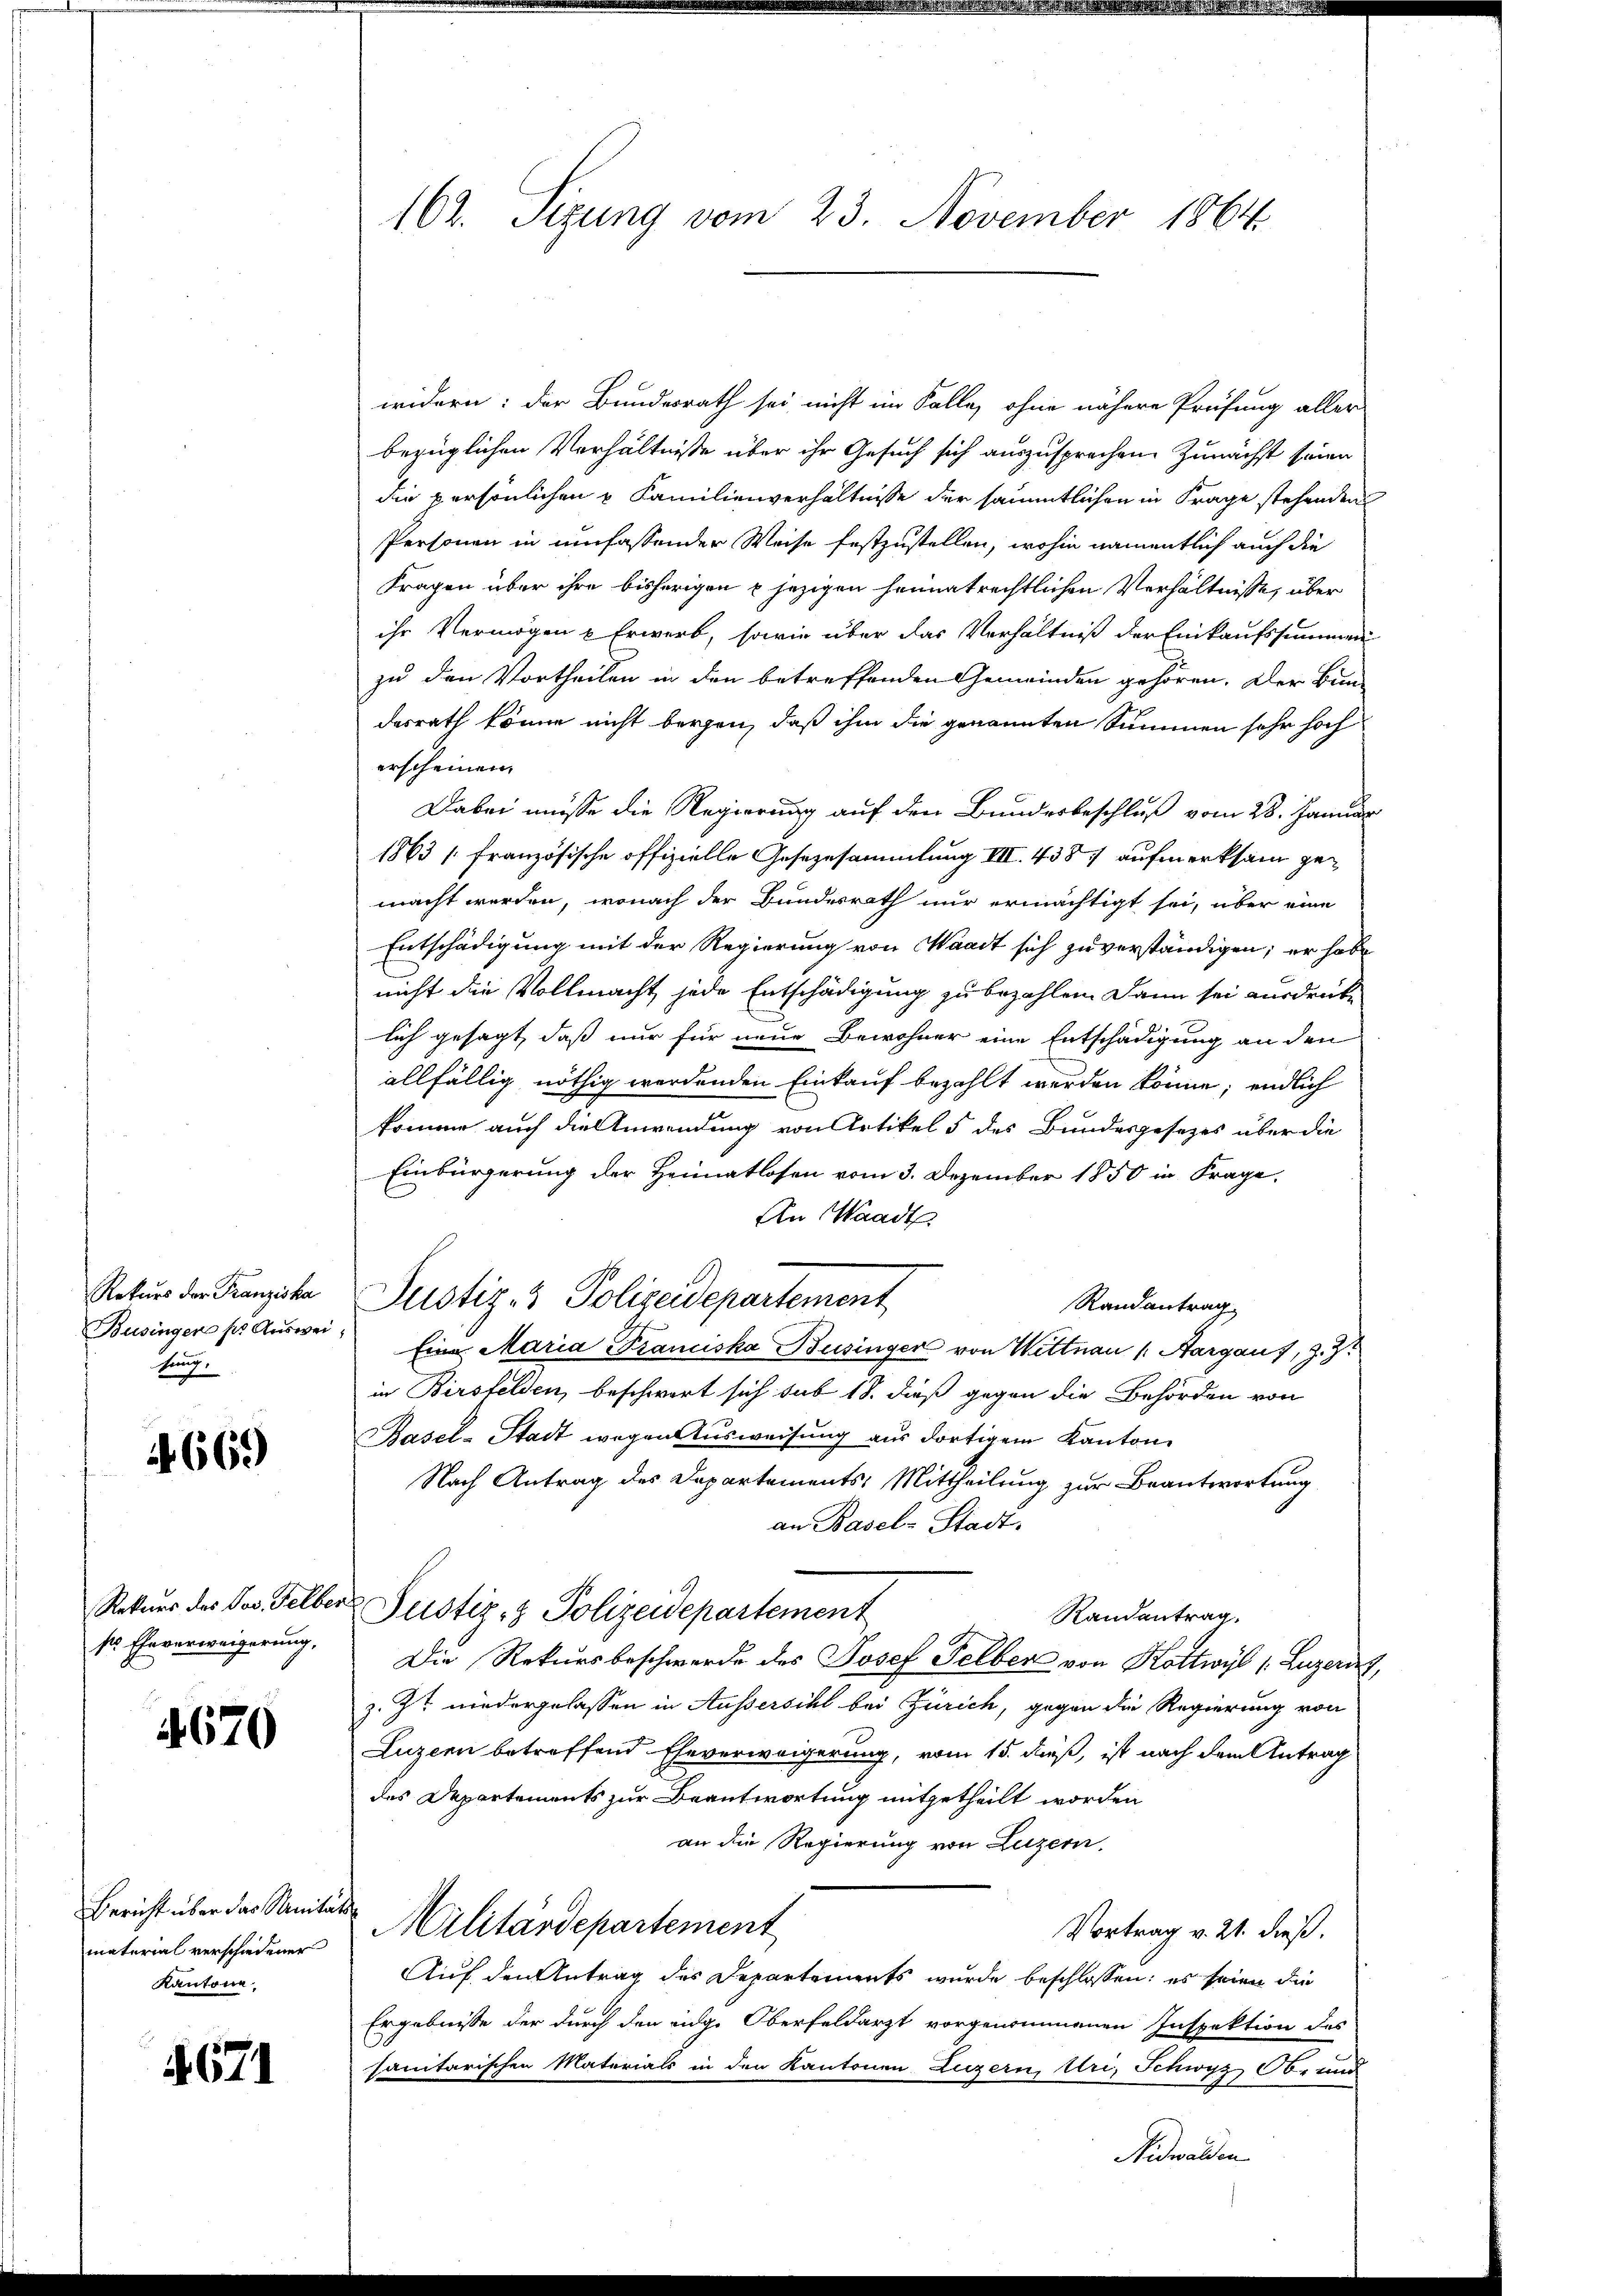
Rekurs der Franziska
Busingen ser Auswei
hrung.

4669

Rekurs des Jos. Felber
ss Eheverweigerung,

4670

Bericht über das Sanitäts
material verschiedener
Kantone

4671

162. Sizung vom 23. November 1864.

widern: der Bundesrath sei nicht im Falle, ohne nähere Prüfung aller
bezüglichen Verhältnisse über ihr Gesuch sich auszusprechen. Zunächst seien
die persönlichen u Familienverhältnisse der sämmtlichen in Frage stehenden
Personen in umfassender Weise festzustellen, wohin namentlich auch die
Fragen über ihre bisherigen jezigen heumatrechtlichen Verhältnisse, über
ihr Vermögen u Erwerb, sowie über das Verhältniß der Einkaufssummen
zu den Vortheilen in den betreffenden Gemeinden gehören. Der Bundesrath könne nicht bergen, daß ihm die genannten Summen sehr hoch
erscheinen.
Dabei müsse die Regierung auf den Bundesbeschluß vom 28. Januar
1863 [französische offizielle Gesezesammlung III. 438 aufmerksam gemacht werden, wonach der Bundesrath nur ermächtigt sei, über eine
Entschädigung mit der Regierung von Waadt sich zu verständigen; er habe
nicht die Vollmacht jede Entschädigung zu bezahlen. Dann sei ausdrücke
lich gesagt, daß nur für neue Bewohner eine Entschädigung an den
allfällig nöthig werdenden Einkauf bezahlt werden könne; endlich
komme auch die Anwendung von Artikel 5 des Bundesgesetzes über die
Einbürgerung der Heimatlosen vom 3. Dezember 1850 in Frage,
An Waadt
Justiz- & Polizeidepartement
Randantrag
Eine Maria Franciska Businger von Wittnau (: Aargau, z. Z.
in Birsfelden, beschwert sich sub 18. dieß gegen die Behörden von
Basel-Stadt wegen Ausweisung aus dortigem Kanton
Nach Antrag des Departements: Mittheilung zur Beantwortung
an Basel-Stadt.
Justiz- & Polizeidepartement
Randantrag.
Die Rekursbeschwerde des Josef Felber von Kottwyl (Luzerint,
z. Zt. wiedergelassen in Aussersihl bei Zürich, gegen die Regierung von
Luzern betreffend Eheverweigerung, vom 15. dieß, ist nach dem Antrag
des Departements zur Beantwortung mitgetheilt worden
an die Regierung von Luzern.
Militärdepartement
Vortrag v. 21. dieß.
Auf den Antrag des Departements wurde beschlossen: es seien die
Ergebnisse der durch den eige Oberfeldarzt vorgenommenen Inspektion des
sanitarischen Materials in den Kantonen Luzern, Uri, Schwyz, Ob- und
Nidwalden